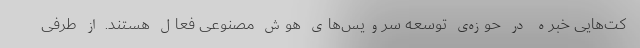
کت‌هایی خبره در حوزه‌ی توسعه سرویس‌های هوش مصنوعی فعال هستند. از طرفی